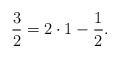
LaTeX: \begin{align*}\frac{3}{2}=2\cdot 1-\frac{1}{2}.\end{align*}